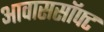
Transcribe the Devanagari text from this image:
आवाससॉफ्ट